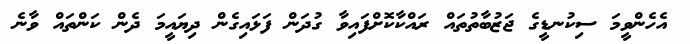
އެހެންވީމަ ސިކުނޑީގެ ޖަޒުބާތުތައް ރައްކާކޮށްފައިވާ ގުދަން ފަޅައިގެން ދިޔައީމަ ދެން ކަންތައް ވާނެ